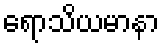
ရောသိယမာနာ